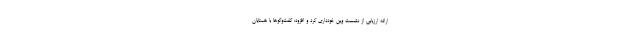
ارائه ارزیابی از نشست وین خودداری کرد و افزود: گفت‌وگوها با همتایان